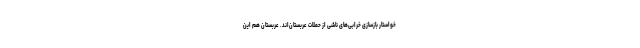
خواستار بازسازی خرابی‌های ناشی از حملات عربستان‌اند. عربستان هم این